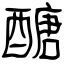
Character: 醣